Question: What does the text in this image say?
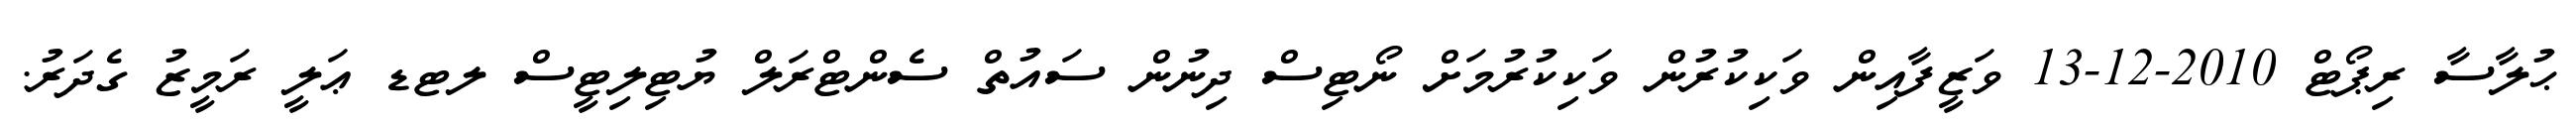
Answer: ޙުލާސާ ރިޕޯޓް 2010-12-13 ވަޒީފާއިން ވަކިކުރުން ވަކިކުރުމަށް ނޯޓިސް ދިނުން ސައުތް ސެންޓްރަލް ޔުޓިލިޓީސް ލޓޑ ޢަލީ ރަމީޒު ގެދަރު.